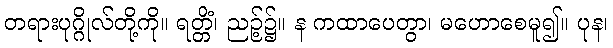
တရားပုဂ္ဂိုလ်တို့ကို။ ရတ္တိံ၊ ညဉ့်၌။ န ကထာပေတွာ၊ မဟောစေမူ၍။ ပုန၊